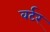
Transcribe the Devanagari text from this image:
वर्टर